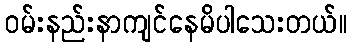
ဝမ်းနည်းနာကျင်နေမိပါသေးတယ်။